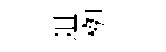
爼栁